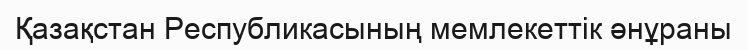
Қазақстан Республикасының мемлекеттік әнұраны